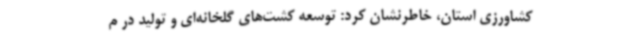
کشاورزی استان، خاطرنشان کرد: توسعه کشت‌های گلخانه‌ای و تولید در م